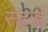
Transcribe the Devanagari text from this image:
स्टर्ड